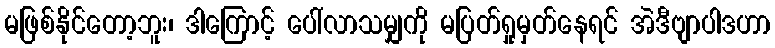
မဖြစ်နိုင်တော့ဘူး၊ ဒါကြောင့် ပေါ်လာသမျှကို မပြတ်ရှုမှတ်နေရင် အဲဒီဗျာပါဒဟာ